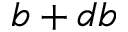
b + d b